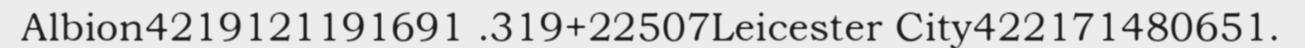
Albion4219121191691 .319+22507Leicester City422171480651.